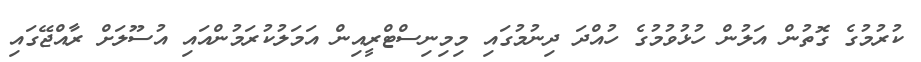
ކުރުމުގެ ގޮތުން އަލުން ހުޅުވުމުގެ ހުއްދަ ދިނުމުގައި މިމިނިސްޓްރީއިން އަމަލުކުރަމުންއައި އުސޫލަށް ރާއްޖޭގައި